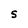
Character: S